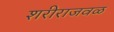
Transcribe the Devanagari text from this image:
शरीराजवळ